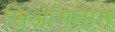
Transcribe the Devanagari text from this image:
शिआंगतान